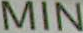
MIN